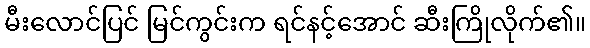
မီးလောင်ပြင် မြင်ကွင်းက ရင်နင့်အောင် ဆီးကြိုလိုက်၏။